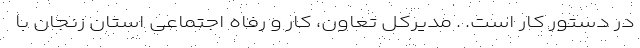
در دستور کار است. . مدیرکل تعاون، کار و رفاه اجتماعی استان زنجان با